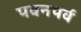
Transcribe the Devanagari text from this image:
पवनपर्व